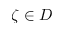
\zeta \in D